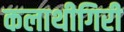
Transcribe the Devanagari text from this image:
कलाथीगिरी